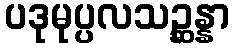
ပဒုမုပ္ပလသဉ္ဆန္နာ